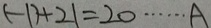
( - 1 ) + 2 1 = 2 0 \cdots A